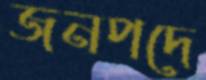
জনপদে